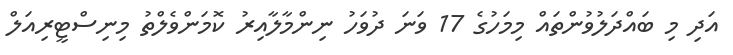
އަދި މި ބައްދަލުވުންތައް މިމަހުގެ 17 ވަނަ ދުވަހު ނިންމާލާއިރު ކޮމަންވެލްތު މިނިސްޓީރިއަލް